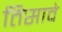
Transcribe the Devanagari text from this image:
तिसावे